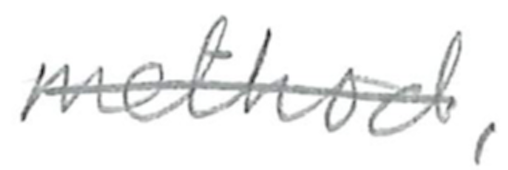
Text: method,
Cross-out: single-line
Writing tool: pencil